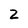
Character: Z